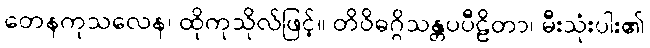
တေနကုသလေန၊ ထိုကုသိုလ်ဖြင့်။ တိဝိဓဂ္ဂိသန္တပပီဠိတာ၊ မီးသုံးပါး၏